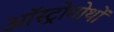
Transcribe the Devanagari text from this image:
ऑस्ट्रोगोथों